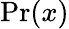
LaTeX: \mathrm{Pr}(x)